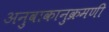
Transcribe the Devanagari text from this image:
अनुवाकानुक्रमणी